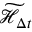
\widetilde { \mathcal { H } } _ { \Delta t }